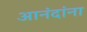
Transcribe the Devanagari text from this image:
आनंदांना